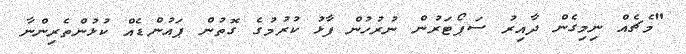
"މެޗެއް ނިމިގެން ދާއިރު ސަޕޯޓަރުން ނުރުހުން ފާޅު ކުރުމުގެ ގޮތުން ޕައުންޑެއް ކުޅުންތެރިންނާ